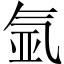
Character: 氩